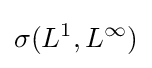
\sigma (L^{1},L^{\infty })